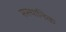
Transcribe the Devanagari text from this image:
सस्थानिक